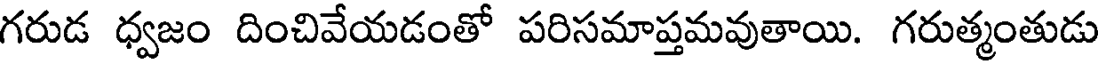
గరుడ ధ్వజం దించివేయడంతో పరిసమాప్తమవుతాయి. గరుత్మంతుడు